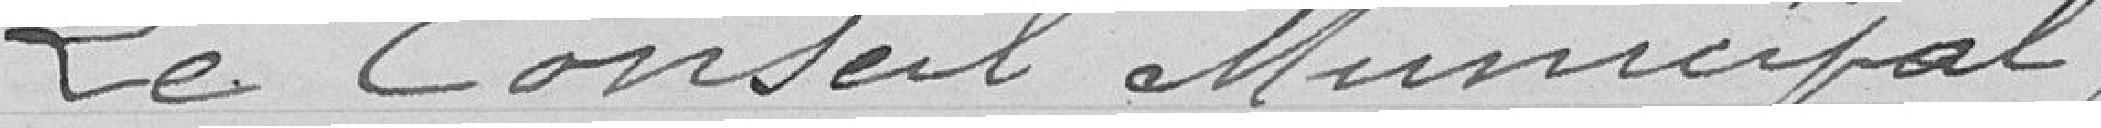
Le Conseil Municipal .